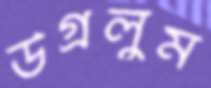
উগ্‌রলুম